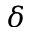
\delta